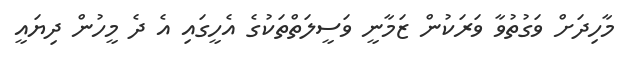
މާހިދަށް ވަގުތުވާ ވަރަކުން ޒަމާނީ ވަސީލަތްތަކުގެ އެހީގައި އެ ދެ މީހުން ދިޔައީ